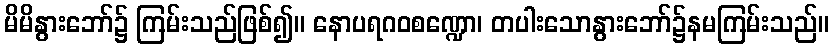
မိမိနွားဘော်၌ ကြမ်းသည်ဖြစ်၍။ နောပရဂဝစဏ္ဍော၊ တပါးသောနွားဘော်၌နမကြမ်းသည်။